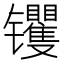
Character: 䦆